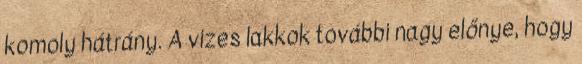
komoly hátrány. A vizes lakkok további nagy előnye, hogy